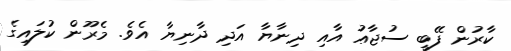
ކާރުން ފޭބީ ސުޖާޢު އާއި ދިނާޔާ އަދި ދާނިޔާ އެވެ. މެރޫން ކުލައިގެ